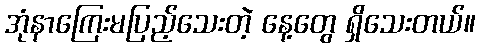
အုံနာကြေးမပြည့်သေးတဲ့ နေ့တွေ ရှိသေးတယ်။